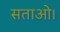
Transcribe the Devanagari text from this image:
सताओ।